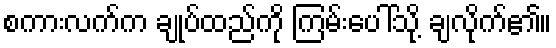
စကားလက်က ချုပ်ထည်ကို ကြမ်းပေါ်သို့ ချလိုက်၏။